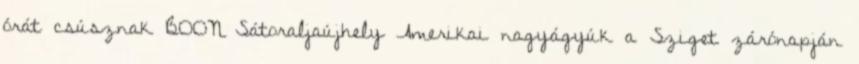
órát csúsznak BOON Sátoraljaújhely Amerikai nagyágyúk a Sziget zárónapján